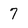
Character: 7